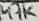
Text: 47K